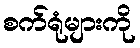
စက်ရုံများကို